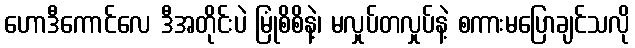
ဟောဒီကောင်လေ ဒီအတိုင်းပဲ မြုံစိစိနဲ့၊ မလှုပ်တလှုပ်နဲ့ စကားမပြောချင်သလို